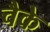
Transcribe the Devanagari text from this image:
चैके